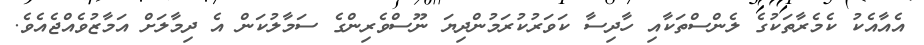
އެއާއެކު ކެމެރާތަކުގެ ލެންސްތަކާއި ހާދިސާ ކަވަރުކުރަމުންދިޔަ ނޫސްވެރިންގެ ސަމާލުކަން އެ ދިމާލަށް އަމާޒުވެއްޖެއެވެ.